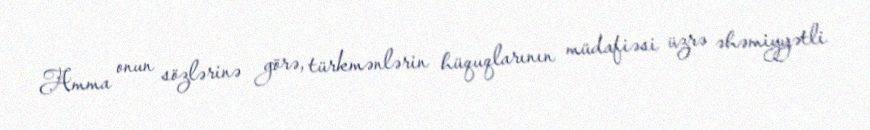
Amma onun sözlərinə görə, türkmənlərin hüquqlarının müdafiəsi üzrə əhəmiyyətli